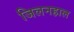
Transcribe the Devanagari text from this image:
जिलनहाल